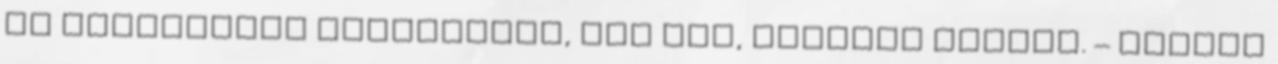
jó közösséget feltételez, ami itt, Váradon megvan. – Miként